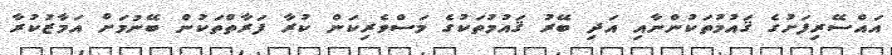
އައްސޭރިފަށުގެ ޤައުމުތަކުންނާއި އަދި ބޭރު ޤައުމުތަކުގެ މަސްވެރިކަން ކުރާ ފަރާތްތަކުން ބޭނުމަށް އަމާޒުކުރާ